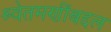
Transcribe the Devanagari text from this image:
श्र्वेतमणींबद्दल